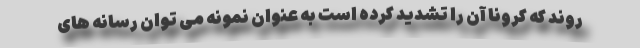
روند که کرونا آن را تشدید کرده است به عنوان نمونه می توان رسانه های